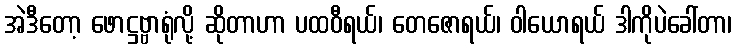
အဲဒီတော့ ဖောဋ္ဌဗ္ဗာရုံလို့ ဆိုတာဟာ ပထဝီရယ်၊ တေဇောရယ်၊ ဝါယောရယ် ဒါကိုပဲခေါ်တာ၊